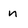
Character: n